Annual administration report of the Civil Veterinary Department of India - 1898-1899
Year: 1898
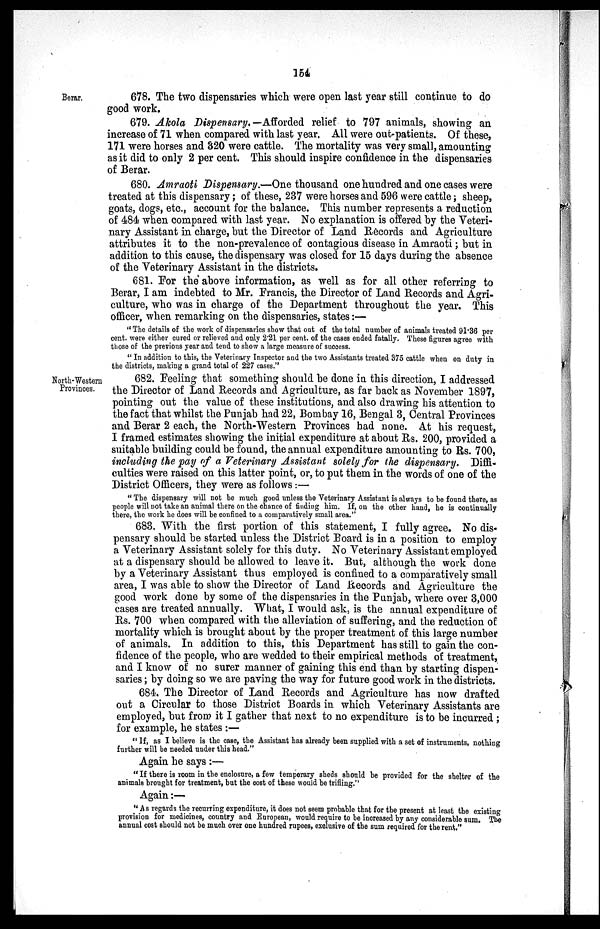
154
Berar.
678. The two dispensaries which were open last year still continue to do
good work.
679. Akola Dispensary. —Afforded relief to 797 animals, showing an
increase of 71 when compared with last year. All were out-patients. Of these,
171 were horses and 820 were cattle. The mortality was very small, amounting
as it did to only 2 per cent. This should inspire confidence in the dispensaries
of Berar.
680. Amraoti Dispensary.—One thousand one hundred and one cases were
treated at this dispensary; of these, 237 were horses and 596 were cattle; sheep,
goats, dogs, etc., account for the balance. This number represents a reduction
of 484 when compared with last year. No explanation is offered by the Veteri-
nary Assistant in charge, but the Director of Land Records and Agriculture
attributes it to the non-prevalence of contagious disease in Amraoti; but in
addition to this cause, the dispensary was closed for 15 days during the absence
of the Veterinary Assistant in the districts.
681. For the above information, as well as for all other referring to
Berar, I am indebted to Mr. Francis, the Director of Land Records and Agri-
culture, who was in charge of the Department throughout the year. This
officer, when remarking on the dispensaries, states:—
"The details of the work of dispensaries show that out of the total number of animals treated 91.36 per
cent. were either cured or relieved and only 2.21 per cent. of the cases ended fatally. These figures agree with
those of the previous year and tend to show a large measure of success.
"In addition to this, the Veterinary Inspector and the two Assistants treated 375 cattle when on duty in
the districts, making a grand total of 227 cases."
North-Western
Provinces.
682. Feeling that something should be done in this direction, I addressed
the Director of Land Records and Agriculture, as far back as November 1897,
pointing out the value of these institutions, and also drawing his attention to
the fact that whilst the Punjab had 22, Bombay 16, Bengal 3, Central Provinces
and Berar 2 each, the North-Western Provinces had none. At his request,
I framed estimates showing the initial expenditure at about Rs. 200, provided a
suitable building could be found, the annual expenditure amounting to Rs. 700,
including the pay of a Veterinary Assistant solely for the dispensary. Diffi-
culties were raised on this latter point, or, to put them in the words of one of the
District Officers, they were as follows:—
"The dispensary will not be much good unless the Veterinary Assistant is always to be found there, as
people will not take an animal there on the chance of finding him. If, on the other hand, he is continually
there, the work he does will be confined to a comparatively small area."
683. With the first portion of this statement, I fully agree. No dis-
pensary should be started unless the District Board is in a position to employ
a Veterinary Assistant solely for this duty. No Veterinary Assistant employed
at a dispensary should be allowed to leave it. But, although the work done
by a Veterinary Assistant thus employed is confined to a comparatively small
area, I was able to show the Director of Land Records and Agriculture the
good work done by some of the dispensaries in the Punjab, where over 3,000
cases are treated annually. What, I would ask, is the annual expenditure of
Rs. 700 when compared with the alleviation of suffering, and the reduction of
mortality which is brought about by the proper treatment of this large number
of animals. In addition to this, this Department has still to gain the con-
fidence of the people, who are wedded to their empirical methods of treatment,
and I know of no surer manner of gaining this end than by starting dispen-
saries; by doing so we are paving the way for future good work in the districts.
684. The Director of Land Records and Agriculture has now drafted
out a Circular to those District Boards in which Veterinary Assistants are
employed, but from it I gather that next to no expenditure is to be incurred;
for example, he states:—
"If, as I believe is the case, the Assistant has already been supplied with a set of instruments, nothing
further will be needed under this head."
Again he says:—
"If there is room in the enclosure, a few temporary sheds should be provided for the shelter of the
animals brought for treatment, but the cost of these would be trifling."
Again:—
"As regards the recurring expenditure, it does not seem probable that for the present at least the existing
provision for medicines, country and European, would require to be increased by any considerable sum. The
annual cost should not be much over one hundred rupees, exclusive of the sum required for the rent."